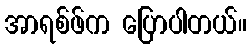
အာရစ်ဖ်က ပြောပါတယ်။